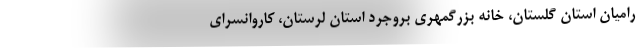
رامیان استان گلستان، خانه بزرگمهری بروجرد استان لرستان، کاروانسرای